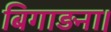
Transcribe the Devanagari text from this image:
बिगाड़ना।